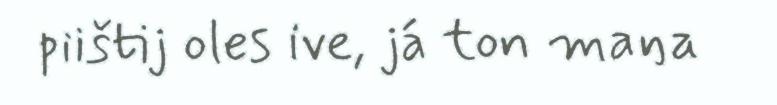
piištij oles ive, já ton maŋa